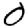
Digit: 0